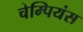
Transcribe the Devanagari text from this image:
चेम्पियंस